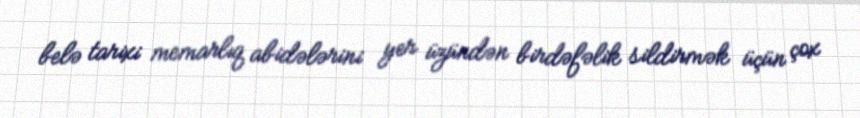
belə tarixi memarlıq abidələrini yer üzündən birdəfəlik sildirmək üçün çox